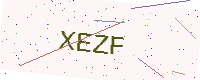
Text: XEZF